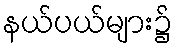
နယ်ပယ်များ၌